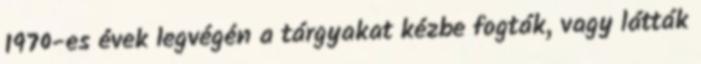
1970-es évek legvégén a tárgyakat kézbe fogták, vagy látták